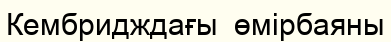
Кембридждағы  өмірбаяны